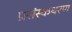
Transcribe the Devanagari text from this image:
प्रसंस्कथरण